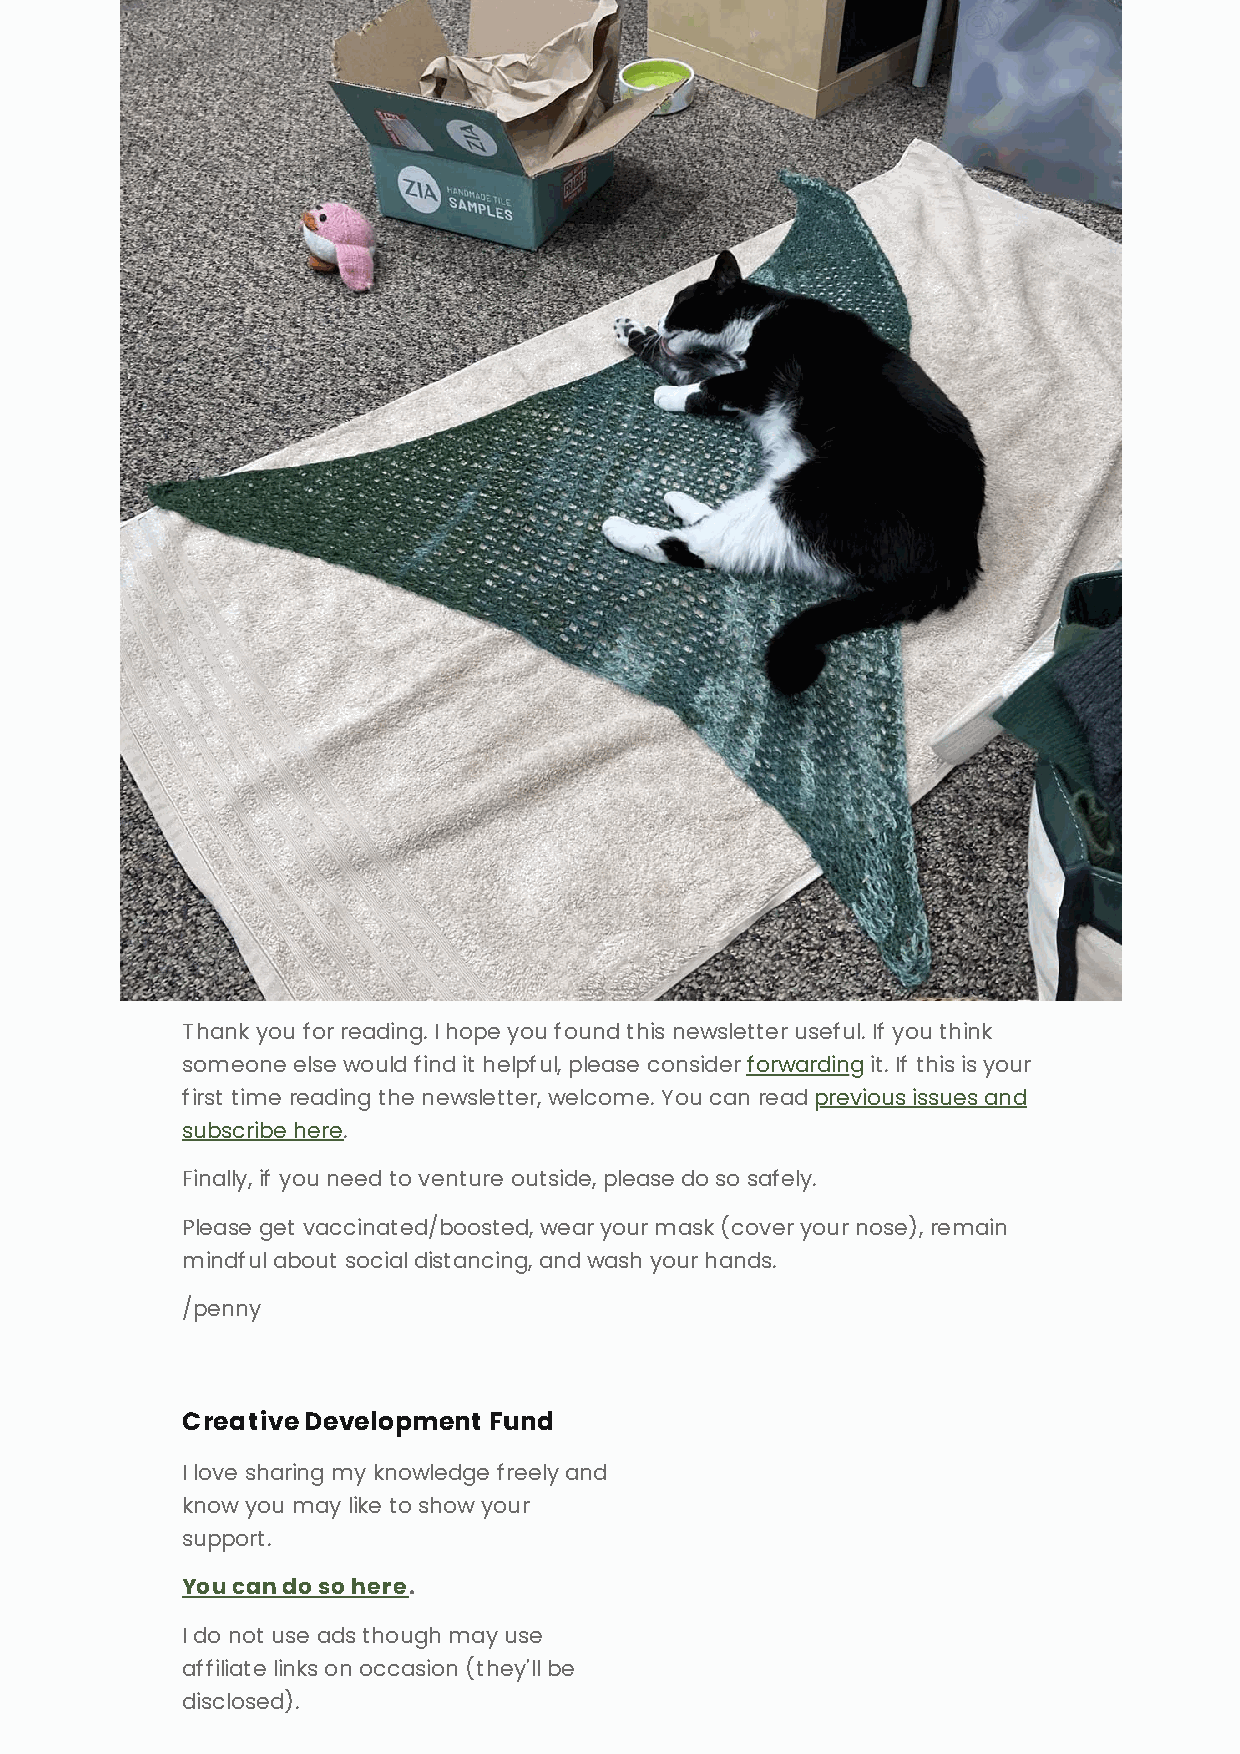
Thank you for reading. I hope you found this newsletter useful. If you think
 someone else would find it helpful, please consider forwarding it. If this is your
 first time reading the newsletter, welcome. You can read previous issues and
 subscribe here.
 Finally, if you need to venture outside, please do so safely.
 Please get vaccinated/boosted, wear your mask (cover your nose), remain
 mindful about social distancing, and wash your hands.
 /penny
 Creative Development Fund
 I love sharing my knowledge freely and
 know you may like to show your
 support.
 You can do so here.
 I do not use ads though may use
 affiliate links on occasion (they'll be
 disclosed).